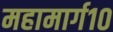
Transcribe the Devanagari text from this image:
महामार्ग१०